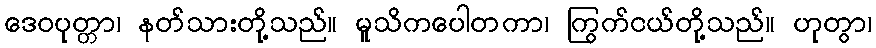
ဒေဝပုတ္တာ၊ နတ်သားတို့သည်။ မူသိကပေါတကာ၊ ကြွက်ငယ်တို့သည်။ ဟုတွာ၊